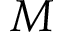
M